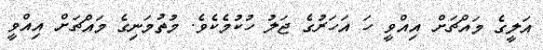
އަލީގެ މައްޗަށް އިއްވީ ހަ އަހަރުގެ ޖަލު ހުކުމެކެވެ. މުތުމަނިގެ މައްޗަށް އިއްވީ